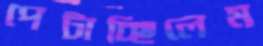
পেটাচ্ছিলেম